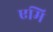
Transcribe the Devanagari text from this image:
एमि